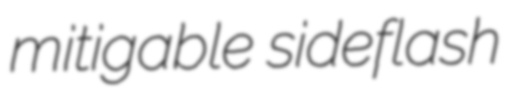
mitigable sideflash